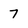
Character: 7